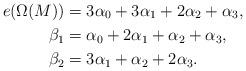
LaTeX: \begin{align*}e(\Omega(M)) &= 3\alpha_0 + 3\alpha_1 + 2\alpha_2 + \alpha_3,\\\beta_1 &= \alpha_0 + 2\alpha_1 + \alpha_2 + \alpha_3,\\\beta_2 &= 3\alpha_1 + \alpha_2 + 2\alpha_3.\end{align*}